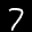
Label: 7